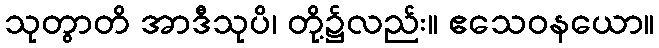
သုတွာတိ အာဒီသုပိ၊ တို့၌လည်း။ ဧသေဝနယော။